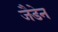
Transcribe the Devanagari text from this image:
जैडेन